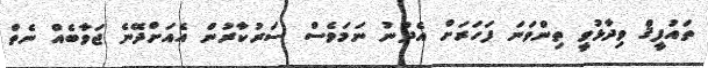
ތައުފީޤް ވިދާޅުވީ ތިންވަނަ ފަހަރަށް އެދުނު ނަމަވެސް ސަރުކާރުން އެއަށްދޭނެ ޖަވާބެއް ނެތް